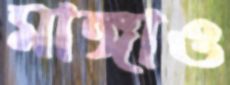
মাঙ্গাও